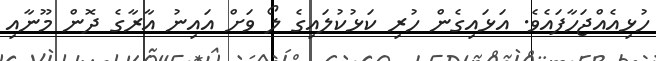
ހުޅިއެއްޖަހާފައެވެ. އަޅައިގެން ހުރި ކަޅުކުލައިގެ ލޯ ވަށް އައިނު އާރާގެ ދޮން މޫނާއި